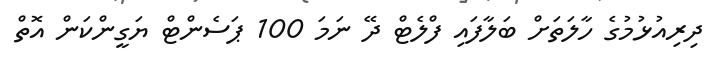
ދިރިއުޅުމުގެ ހާލަތަށް ބަލާފައި ފްލެޓް ދޭ ނަމަ 100 ޕަސެންޓް ޔަގީންކަން އޮތް